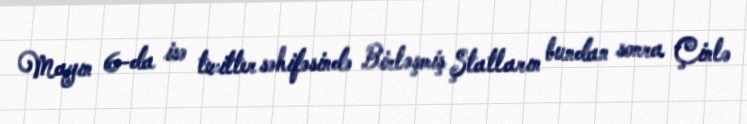
Mayın 6-da isə twitter səhifəsində Birləşmiş Ştatların bundan sonra Çinlə